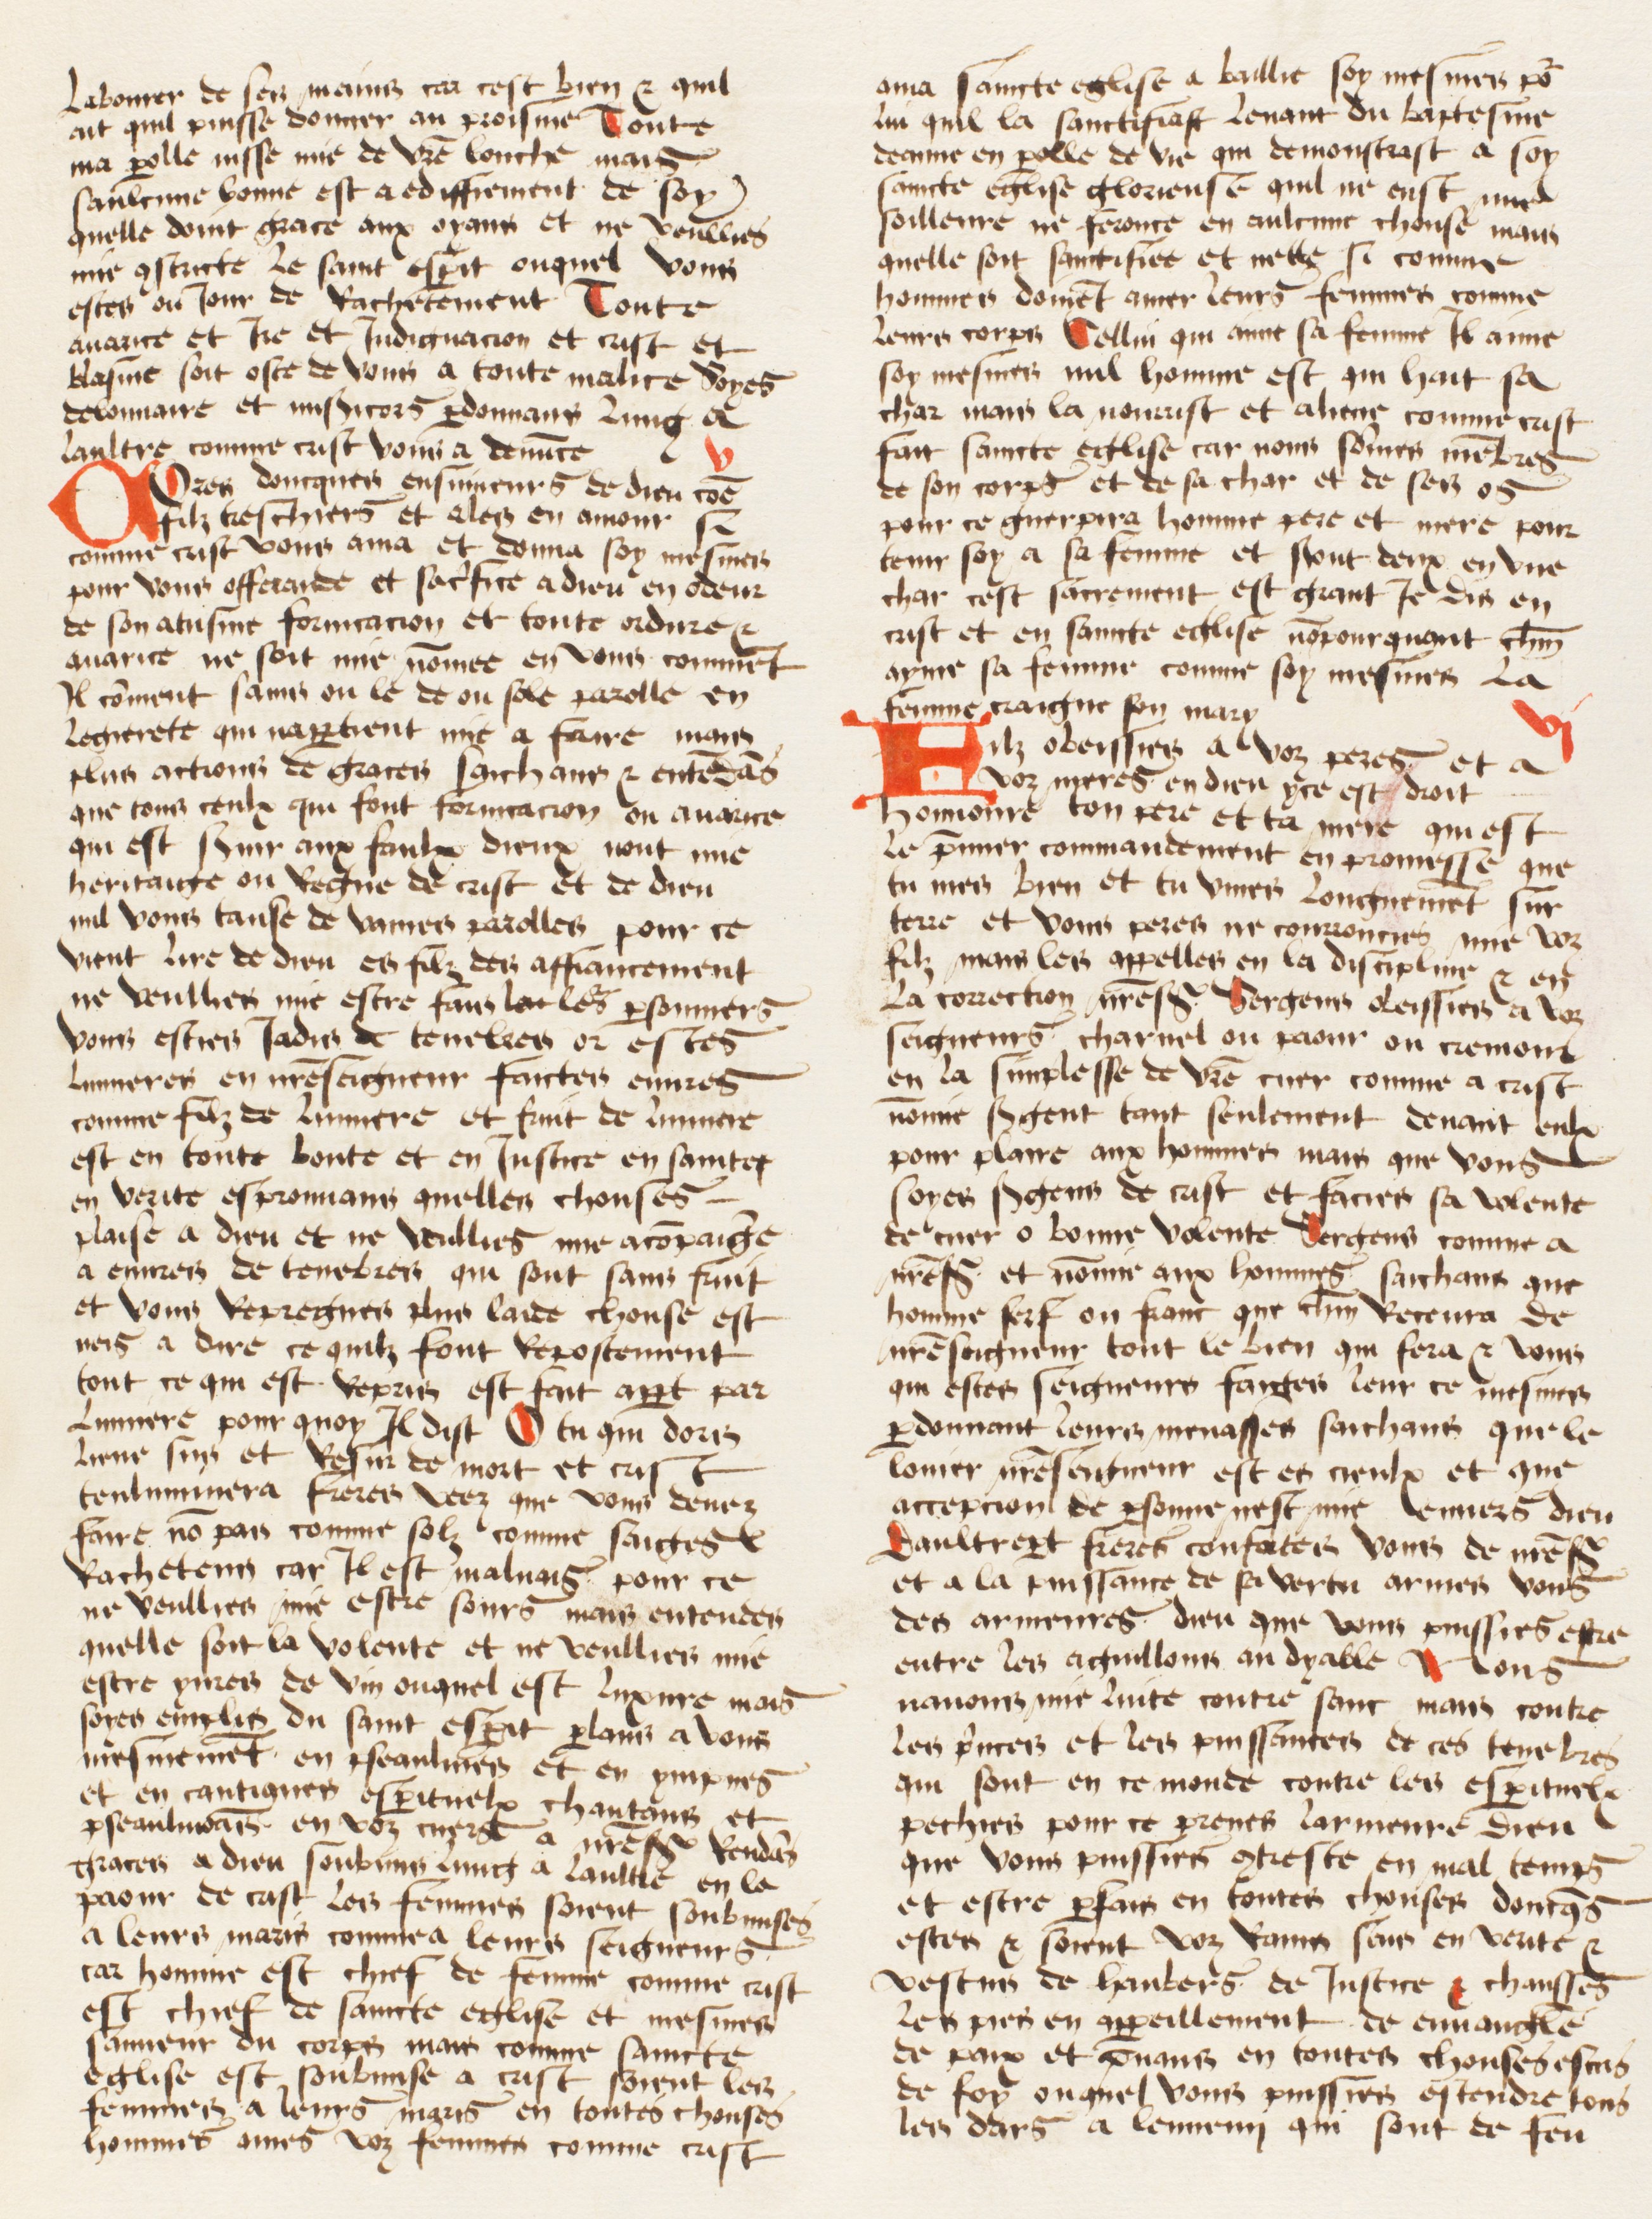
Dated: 1474–1474